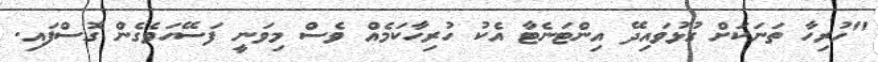
"ހުރިހާ ތަނަކަށް ގުޅުވައިދޭ އިންޓަނެޓާ އެކު ހުރިހާކަމެއް ވެސް މިވަނީ ފަސޭހަވެގެން ގޮސްފައި.